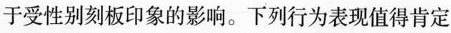
于受性别刻板印象的影响。下列行为表现值得肯定